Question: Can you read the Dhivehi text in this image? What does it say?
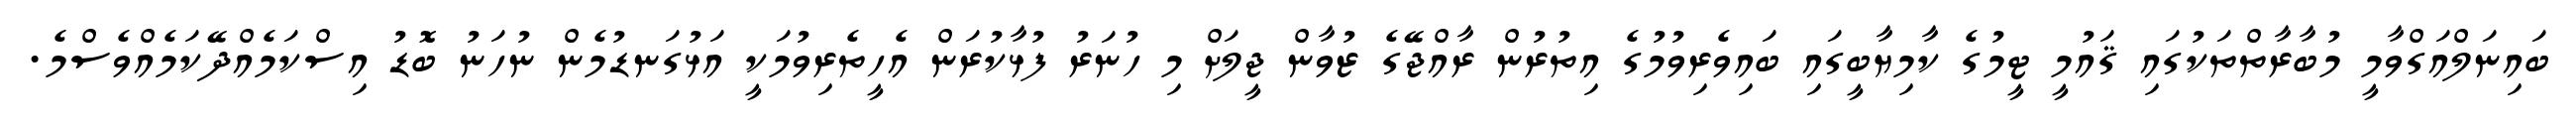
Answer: ބައިނަލްއަގްވާމީ މުބާރާތްތަކުގައި ޤައުމީ ޓީމުގެ ކާމިޔާބީގައި ބައިވެރިވުމުގެ އިތުރުން ރާއްޖޭގެ ޒުވާން ޖީލަށް މި ހުނަރު ފުޅާކުރަން އެހީތެރިވުމަކީ އަޅުގަނޑުމެން ނުހަނު ބޮޑު އިސްކަމެއްދޭކަމެއްވެސްމެ.